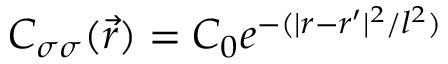
C _ { \sigma \sigma } ( \Vec { r } ) = C _ { 0 } e ^ { - ( \vert r - r ^ { \prime } \vert ^ { 2 } / l ^ { 2 } ) }